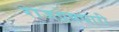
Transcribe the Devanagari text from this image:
राजवेषधारी